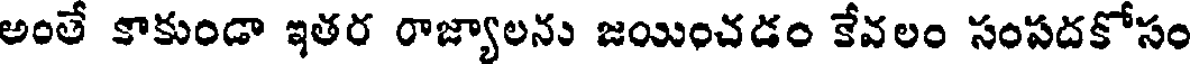
అంతే కాకుండా ఇతర రాజ్యాలను జయించడం కేవలం సంపదకోసం